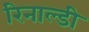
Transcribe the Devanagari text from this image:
रिनाल्डी